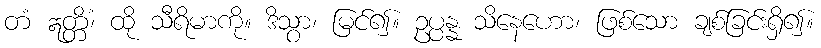
တံ ဣတ္တိံ၊ ထို သီရိမာကို။ ဒိသွာ၊ မြင်၍။ ဥပ္ပန္န သိနေဟော၊ ဖြစ်သော ချစ်ခြင်းရှိ၍။